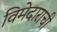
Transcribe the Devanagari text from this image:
विमेदाराची